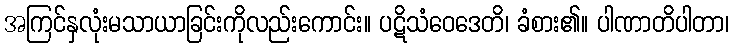
အကြင်နှလုံးမသာယာခြင်းကိုလည်းကောင်း။ ပဋိသံဝေဒေတိ၊ ခံစား၏။ ပါဏာတိပါတာ၊